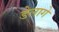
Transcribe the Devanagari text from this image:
डेलागे